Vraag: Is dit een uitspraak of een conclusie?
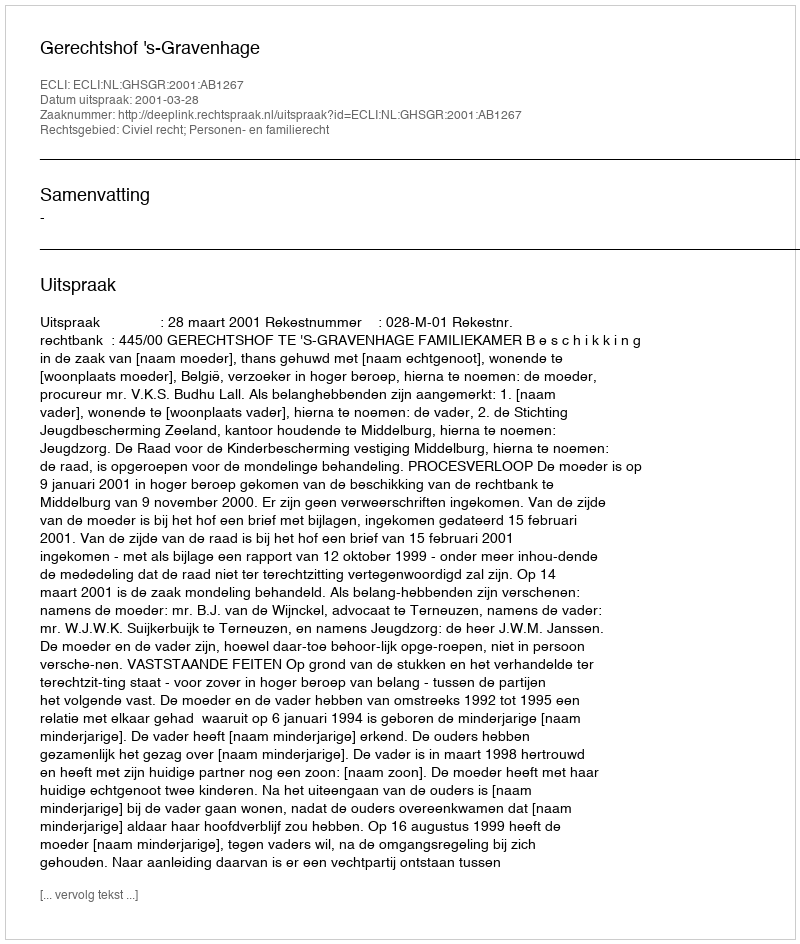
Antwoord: Uitspraak